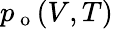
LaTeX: p_{\mathrm{~o~}}(V,T)